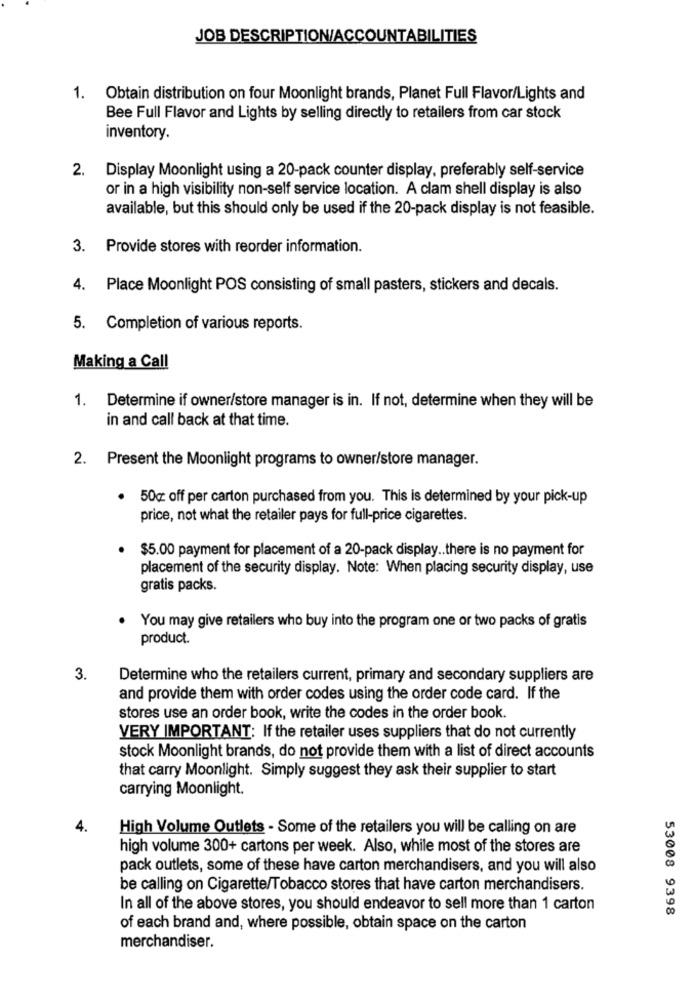
JOB DESCRIPTION/ACCOUNTABILITIES
1. Obtain distribution on four Moonlight brands, Planet Full Flavor/Lights and
Bee Full Flavor and Lights by selling directly to retailers from car stock
inventory.
2.
Display Moonlight using a 20-pack counter display, preferably self-service
or in a high visibility non-self service location. A clam shell display is also
available, but this should only be used if the 20-pack display is not feasible.
3. Provide stores with reorder information.
4. Place Moonlight POS consisting of small pasters, stickers and decals.
5. Completion of various reports.
Making a Call
1. Determine if owner/store manager is in. If not, determine when they will be
in and call back at that time.
2. Present the Moonlight programs to owner/store manager.
50g off per carton purchased from you. This is determined by your pick-up
price, not what the retailer pays for full-price cigarettes.
$5.00 payment for placement of a 20-pack display .. there is no payment for
placement of the security display. Note: When placing security display, use
gratis packs.
.
You may give retailers who buy into the program one or two packs of gratis
product.
3.
Determine who the retailers current, primary and secondary suppliers are
and provide them with order codes using the order code card. If the
stores use an order book, write the codes in the order book.
VERY IMPORTANT; If the retailer uses suppliers that do not currently
stock Moonlight brands, do not provide them with a list of direct accounts
that carry Moonlight. Simply suggest they ask their supplier to start
carrying Moonlight.
4.
High Volume Outlets - Some of the retailers you will be calling on are
high volume 300+ cartons per week. Also, while most of the stores are
pack outlets, some of these have carton merchandisers, and you will also
be calling on Cigarette/Tobacco stores that have carton merchandisers.
In all of the above stores, you should endeavor to sell more than 1 carton
53008 9398
of each brand and, where possible, obtain space on the carton
merchandiser.